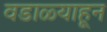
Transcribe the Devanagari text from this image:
वडाळ्याहून